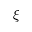
\boldsymbol { \xi }